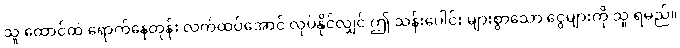
သူ ထောင်ထဲ ရောက်နေတုန်း လက်ထပ်အောင် လုပ်နိုင်လျှင် ဤ သန်းပေါင်း များစွာသော ငွေများကို သူ ရမည်။